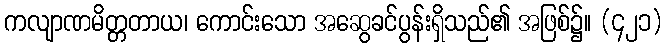
ကလျာဏမိတ္တတာယ၊ ကောင်းသော အဆွေခင်ပွန်းရှိသည်၏ အဖြစ်၌။ (၄၂၁)